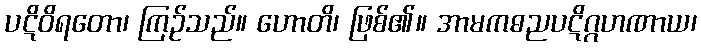
ပဋိဝိရတော၊ ကြဉ်သည်။ ဟောတိ၊ ဖြစ်၏။ အာမကဓညပဋိဂ္ဂဟဏာယ၊